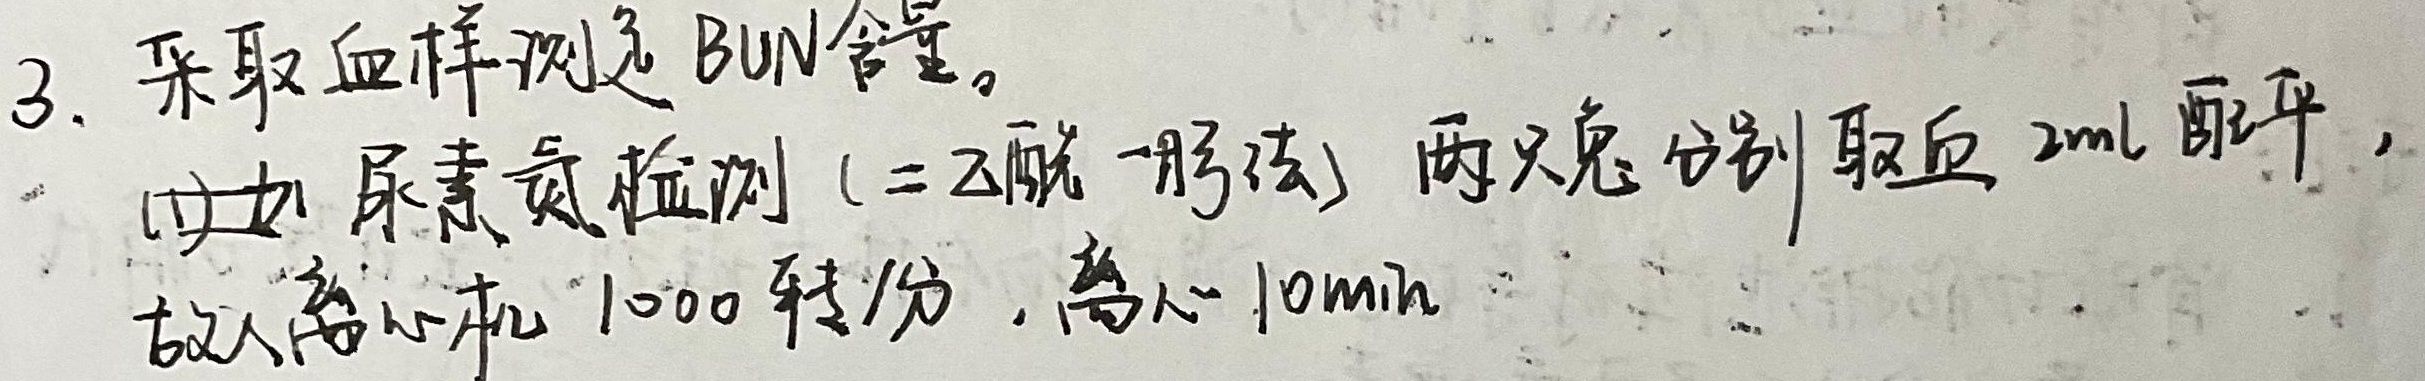
3. 采取血样测定 BUN 含量。(1) 如尿素氮检测（二乙酰 - 肟法）两只兔分别取血 \(2\mathrm{ml}\) 配平，放入离心机 \(1000\) 转/分，离心 \(10\mathrm{min}\) 。